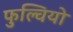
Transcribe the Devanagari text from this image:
फुल्वियो